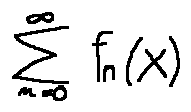
\sum \limits _ { n = 0 } ^ { \infty } f _ { n } ( x )